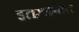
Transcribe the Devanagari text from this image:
इतख़ाबात